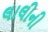
લાલીની